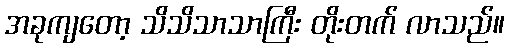
အခုကျတော့ သိသိသာသာကြီး တိုးတက် လာသည်။